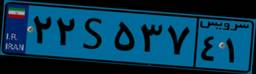
۱۰S۲۴۷۳۶